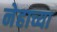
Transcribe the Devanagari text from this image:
नेहाच्या